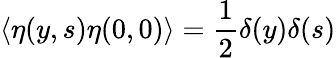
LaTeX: \langle\eta(y,s)\eta(0,0)\rangle=\frac{1}{2}\delta(y)\delta(s)